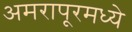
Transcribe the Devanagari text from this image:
अमरापूरमध्ये